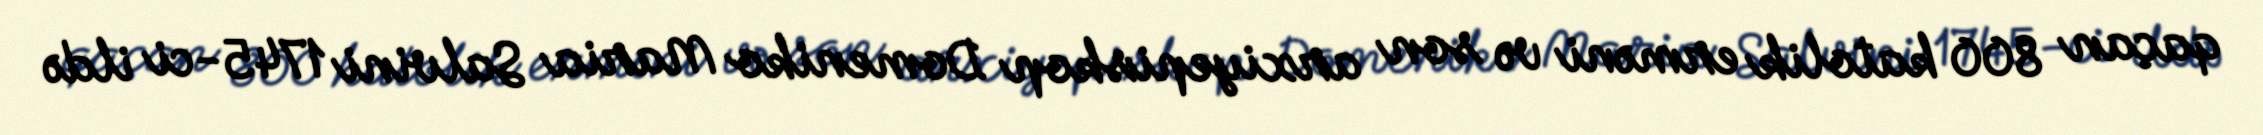
qaçan 800 katolik erməni və son arxiyepiskop Domeniko Maria Salvini 1745-ci ildə